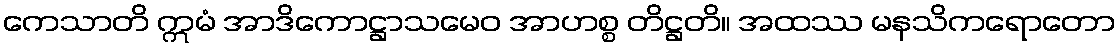
ကေသာတိ ဣမံ အာဒိကောဋ္ဌာသမေဝ အာဟစ္စ တိဋ္ဌတိ။ အထဿ မနသိကရောတော